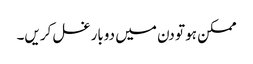
ممکن ہو تو دن میں دوبار غسل کریں۔